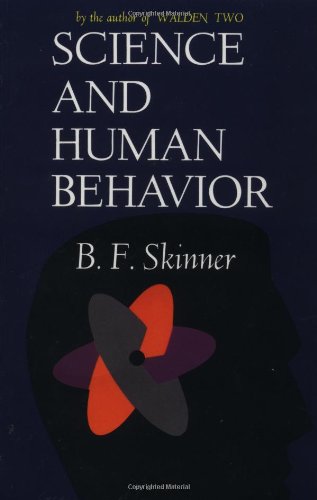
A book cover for Science And Human Behavior; B.F Skinner; Medical Books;